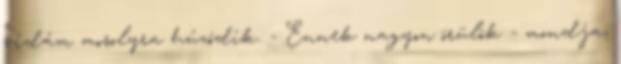
vidám mosolyra húzódik. - Ennek nagyon örülök - mondja,